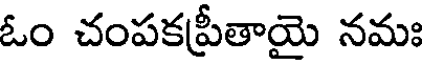
ఓం చంపకప్రీతాయై నమః